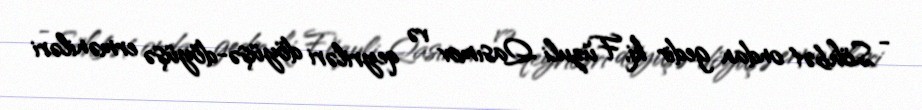
- Söhbət ondan gedir ki, Füzuli Qasımov və qeyriləri döyüşə-döyüşə erməniləri